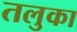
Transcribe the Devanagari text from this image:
तलुका